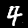
Digit: 4